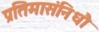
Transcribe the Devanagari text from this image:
प्रतिमासंनिधौ